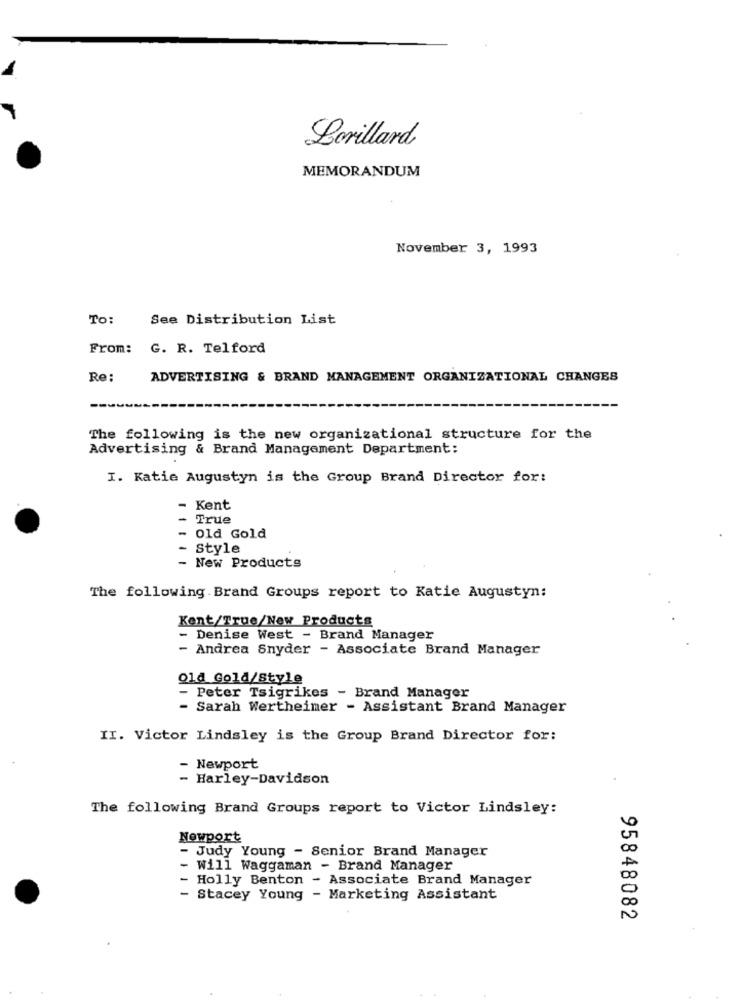
Lorillard
MEMORANDUM
November 3, 1993
To:
See Distribution List
From: G. R. Telford
Re :
ADVERTISING & BRAND MANAGEMENT ORGANIZATIONAL CHANGES
The following is the new organizational structure for the
Advertising & Brand Management Department:
I. Katie Augustyn is the Group Brand Director for:
-
Kent
True
- Old Gold
- Style
- New Products
The following Brand Groups report to Katie Augustyn:
Kent/True/New Products
- Denise West - Brand Manager
- Andrea Snyder - Associate Brand Manager
Old Gold/Style
- Peter Tsigrikes - Brand Manager
- Sarah Wertheimer - Assistant Brand Manager
II. Victor Lindsley is the Group Brand Director for:
- Newport
- Harley-Davidson
The following Brand Groups report to Victor Lindsley:
Newport
- Judy Young - Senior Brand Manager
Will Waggaman - Brand Manager
Holly Benton - Associate Brand Manager
- Stacey Young - Marketing Assistant
95848082